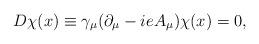
LaTeX: \begin{align*}D\chi(x)\equiv\gamma_\mu(\partial_\mu-ieA_\mu)\chi(x)=0,\end{align*}